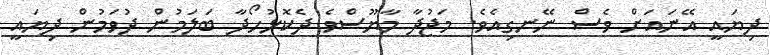
ދިޔައީ އޭނައަށް ވެސް ނޭނގިއެވެ. މަޖުދާ މާޔޫސްވެ ދެކޮޅުހޯދާ ބަލަމުން ދުވަމުން ދިޔައީ